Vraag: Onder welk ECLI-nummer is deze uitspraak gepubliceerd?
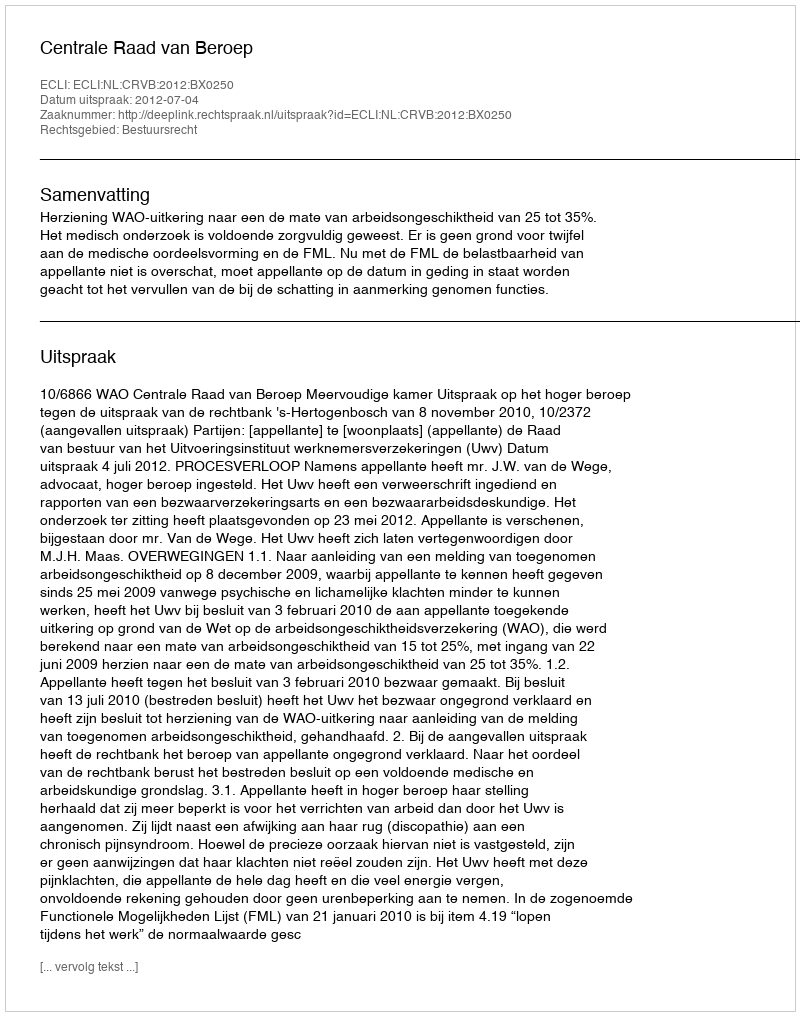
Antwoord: ECLI:NL:CRVB:2012:BX0250